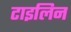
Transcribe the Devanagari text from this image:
टाइलिन